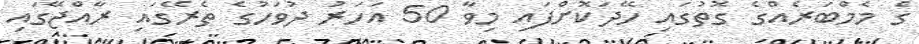
ގެ މެމްބަރެއްގެ ގޮތުގައި ހޭދަކޮށްފައި މިވާ 50 އަހަރު ދުވަހުގެ ތެރޭގައި ރާއްޖޭގައި